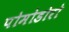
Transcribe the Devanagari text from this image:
पोमोडोरो